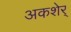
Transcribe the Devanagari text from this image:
अकशेर्